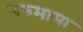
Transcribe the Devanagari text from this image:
नरुमामा